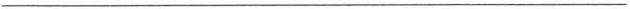
___